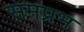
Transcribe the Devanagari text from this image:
समप्रभ